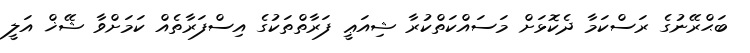
ބަޙްރޭނުގެ ރަސްކަމާ ދެކޮޅަށް މަސައްކަތްކުރާ ޝިއަޢީ ފަރާތްތަކުގެ އިސްފަރާތެއް ކަމަށްވާ ޝޭޚް އަލީ